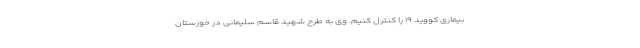
بیماری کووید ۱۹ را کنترل کنیم. وی به طرح شهید قاسم سلیمانی در خوزستان